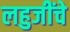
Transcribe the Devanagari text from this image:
लहुजींचे